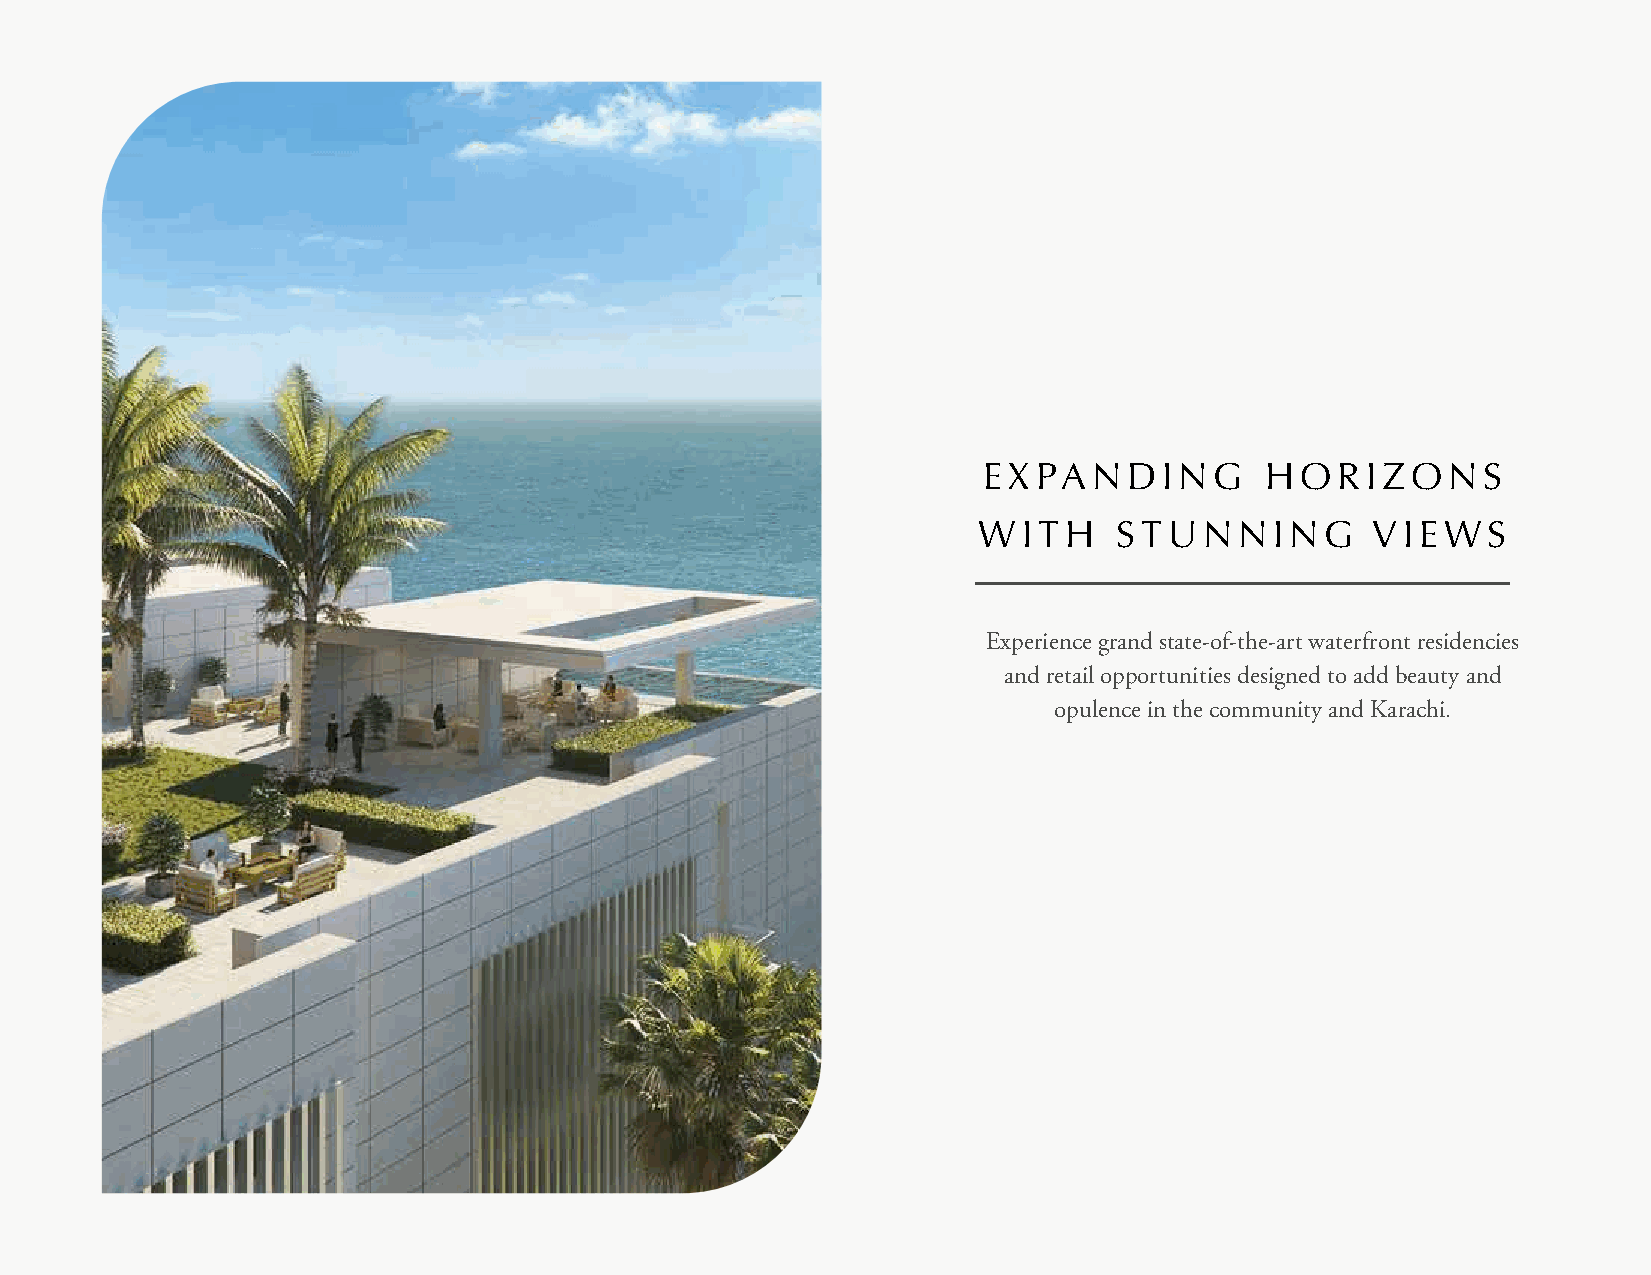
EXPANDING          HORIZONS
 WITH     STUNNING         VIEWS
 Experience grand state-of-the-art waterfront residencies
 and retail opportunities designed to add beauty and
 opulence in the community and Karachi.